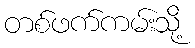
တစ်ဖက်ကမ်းသို့